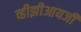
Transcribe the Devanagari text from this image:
व्हीझीआयजी